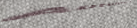
AutoRepair